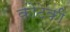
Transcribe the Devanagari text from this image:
कोटेकी